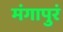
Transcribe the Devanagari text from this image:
मंगापुरं